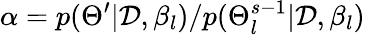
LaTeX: \alpha={p(\Theta^{\prime}|\mathcal{D},\beta_{l})}/{p(\Theta_{l}^{s-1}|\mathcal{D},\beta_{l})}